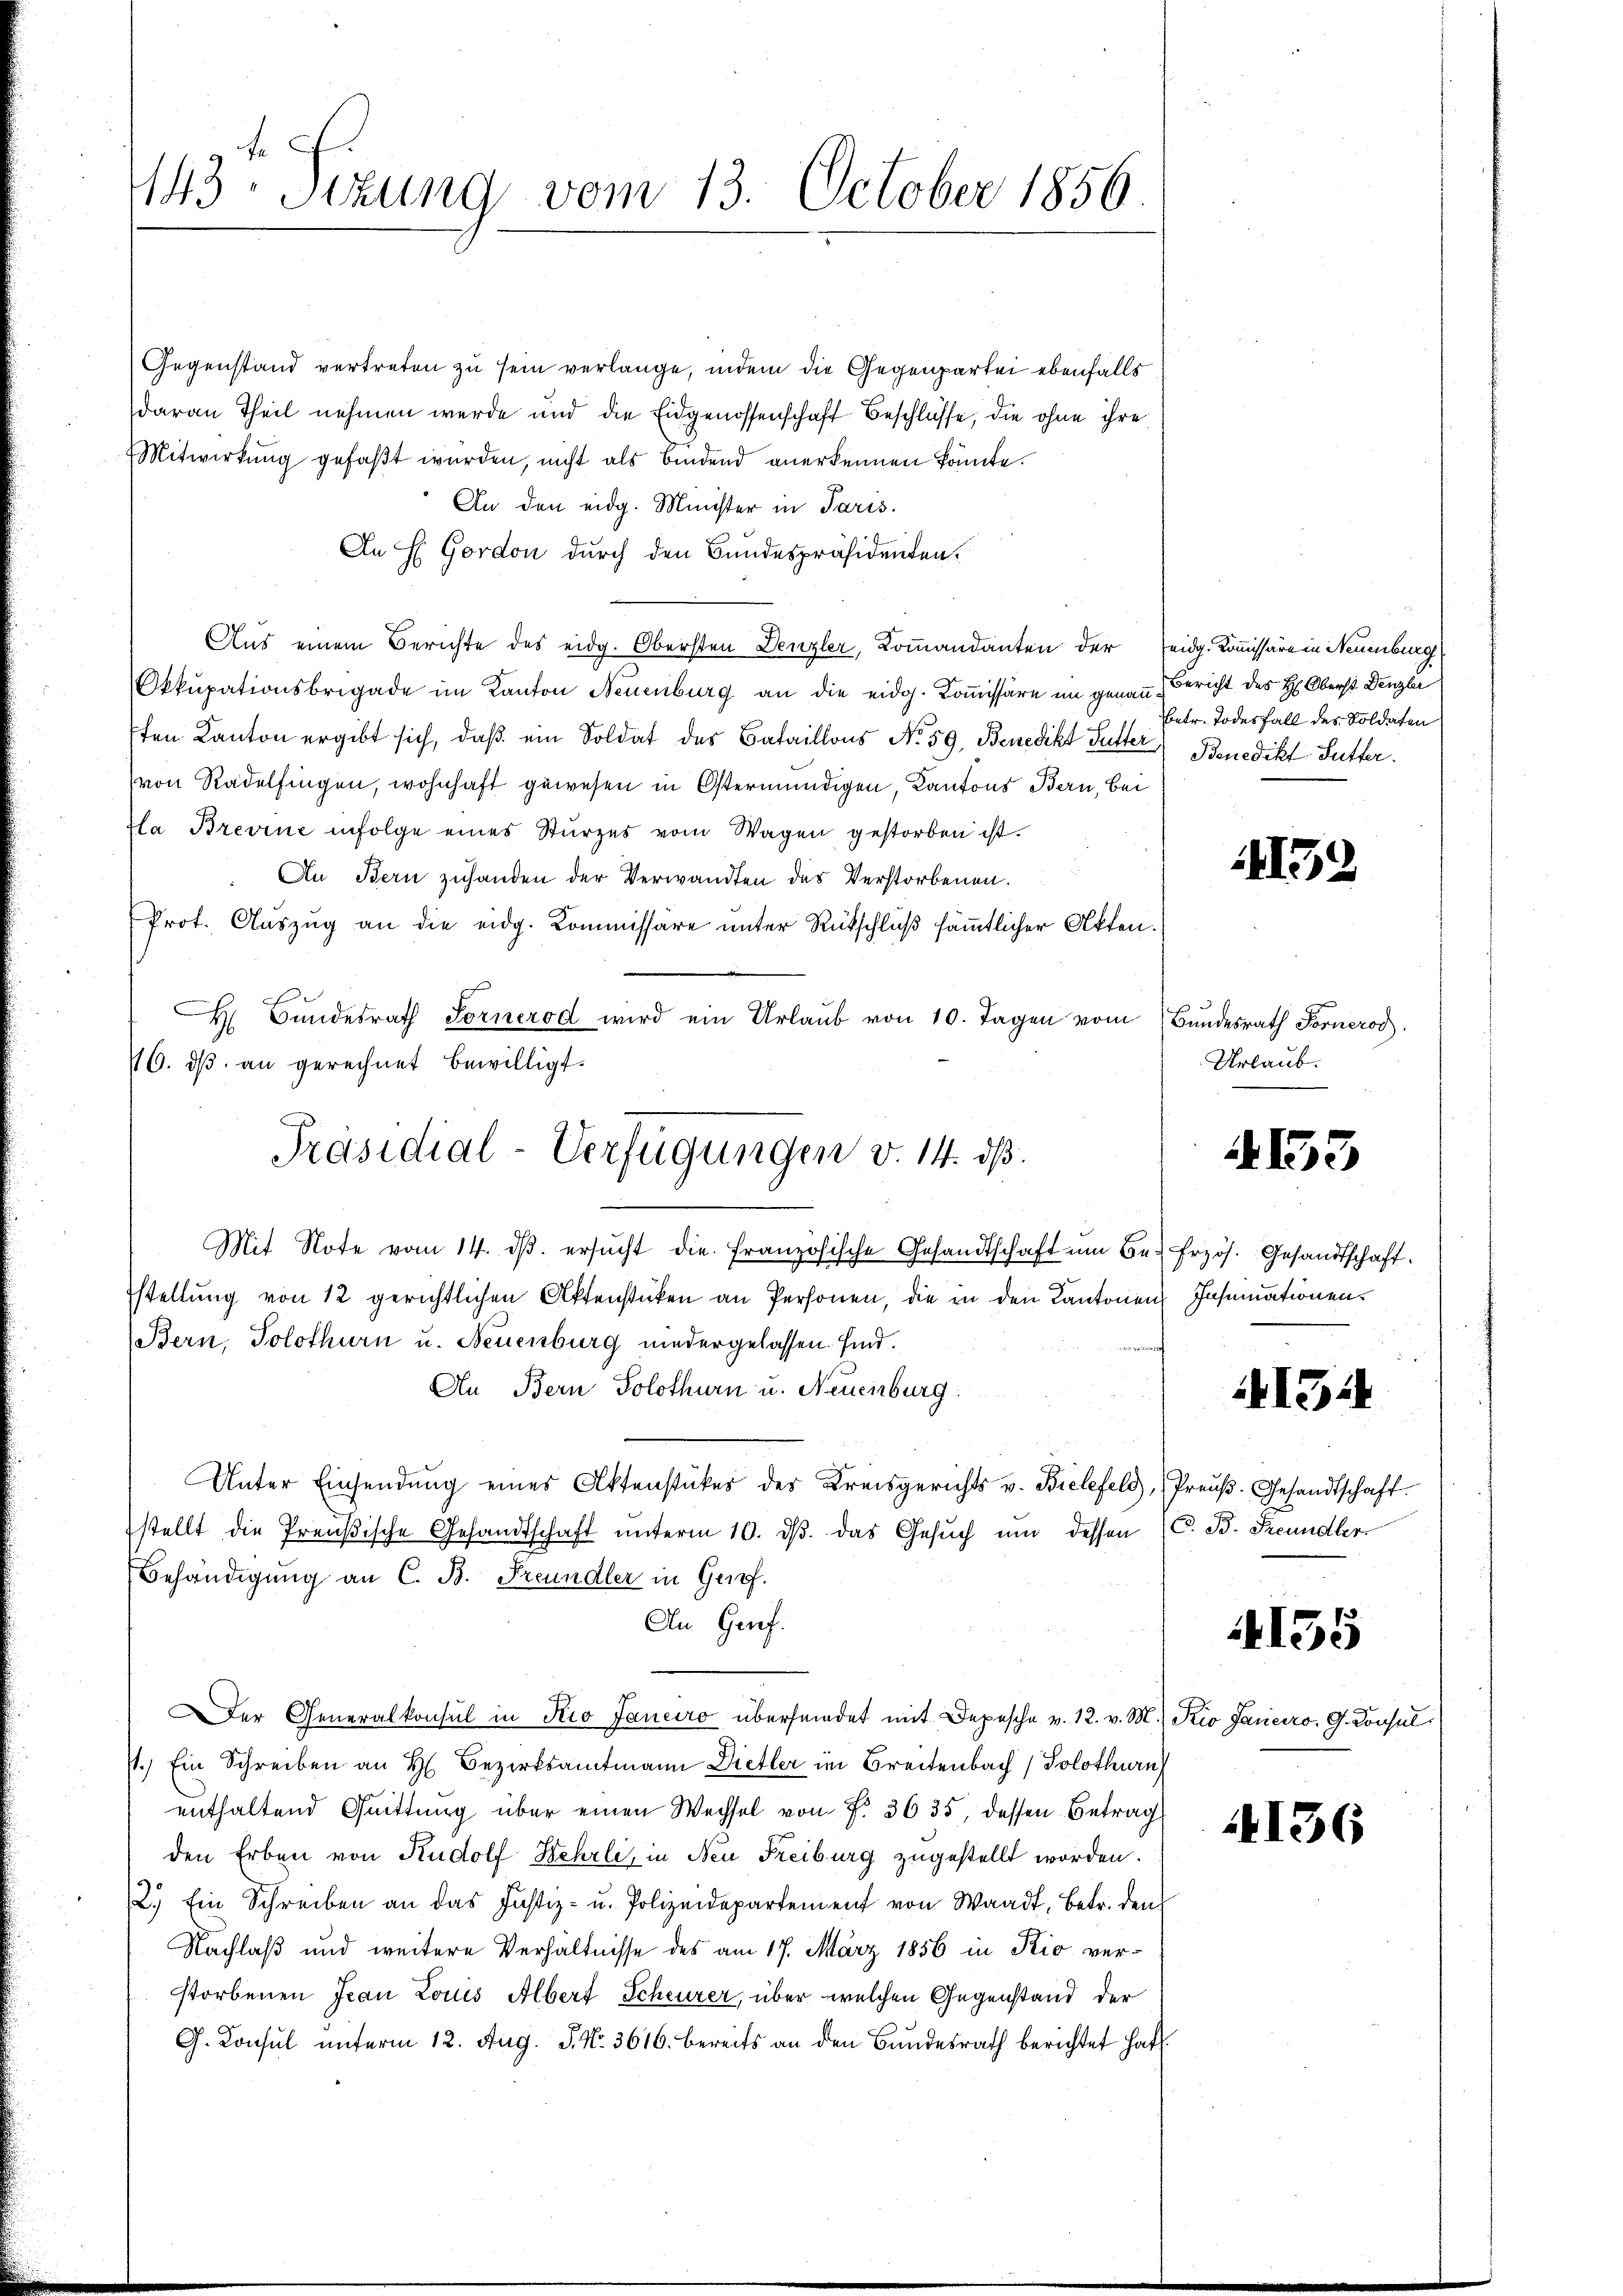
1143 sizung vom 13. October 1856.

Gegenstand vertreten zu sein verlange, indem die Gegenpartei ebenfalls
daran Theil nehmen werde und die Eidgenossenschaft Beschlüsse, die ohne ihre
Mitwirkung gefaßt wurden, nicht als bindend anerkennen könnte.
An den eidg. Minister in Paris.
In H Gordon durch den Bundespräsidenten.
Aus einem Berichte des eidg. Obersten Denzler, Kommandanten der eidg. Kommissäre in Neuenburg
Okkupationsbrigade im Kanton Neuenburg an die eidg. Koṁissäre im genau Bericht des H. Oberst Denzli
sten Kanton ergibt sich, daß ein Soldat des Bataillons No 59, Benedikt Futter Benedikt-Sutter.
von Radelfingen, wohnhaft gewesen in Östermündigen, Kantons Bern, bei
Gla Brevine infolge eines Stürzes vom Wagen gestorben ist.
An Bern zuhanden der Verwandten des Verstorbenen.
Prot. Auszug an die eidg. Kommissäre unter Rückschluß sämmtlicher Akten.
H Bŭndesrath Sornerod wird ein Urlaŭb von 10. Tagen vom Bŭndesrath Forneros
16. dβ an gerechnet bewilligt.
Mit Note vom 14. dβ. ersŭcht die französische Gesandtschaft ŭm Be- frzös. Gesandtschaft.
stellung von 12 gerichtlichen Aktenstücken an Personen, die in den Kantonen Insumationen.
Bern, Solothurn u. Neuenburg niedergelassen. sind.
An Bern Solothurn u. Neuenburg.
Unter Einsendŭng eines Aktenstückes des Kreisgerichts v. Bielefeld, Preŭβ-Gesandtschaft.
stellt die Preußische Gesandtschaft unterm 10. dβ das Gesŭch um dessen (C. B. Freundler
Behändigung an C. B. Freundler in Ger.
An Grief.
Der Generalkonsul in Pio Janeiro übersendet mit Depesche v. 12. v. M.) Kio Janeiro, G. Consul
/1.) Ein Schreiben an H. Bezirksamtmann Dietler im Breitenbach (Solothurn
enthaltend Quittung über einen Wechsel von F. 3635 dessen Betrag
den Erben von Rudolf Kehrli, in Neu Freiburg zugestellt worden.
2.) Ein Schreiben an das Justiz- u. Polizeidepartement von Waadt, Betr. den
Nachlaß und weitere Verhältnisse des am 17. März 1856 in Rio ver-
storbenen Jean Louis Albert Scheurer, über welchen Gegenstand der
G. Consul unterm 12. Aug. S. Nr. 3616. bereits an den Bundesrath berichtet hat.

Präsidial-Verfügungen v. 14. ds.

betr. Todesfall des Soldaten

152

Urlaub.

4153

154

4155

136